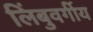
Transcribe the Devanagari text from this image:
लिंबुवर्गीय